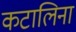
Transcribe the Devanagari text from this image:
कटालिना